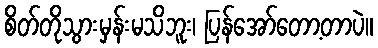
စိတ်တိုသွားမှန်းမသိဘူး၊ ပြန်အော်တော့တာပဲ။